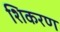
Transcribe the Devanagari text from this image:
शिकरण